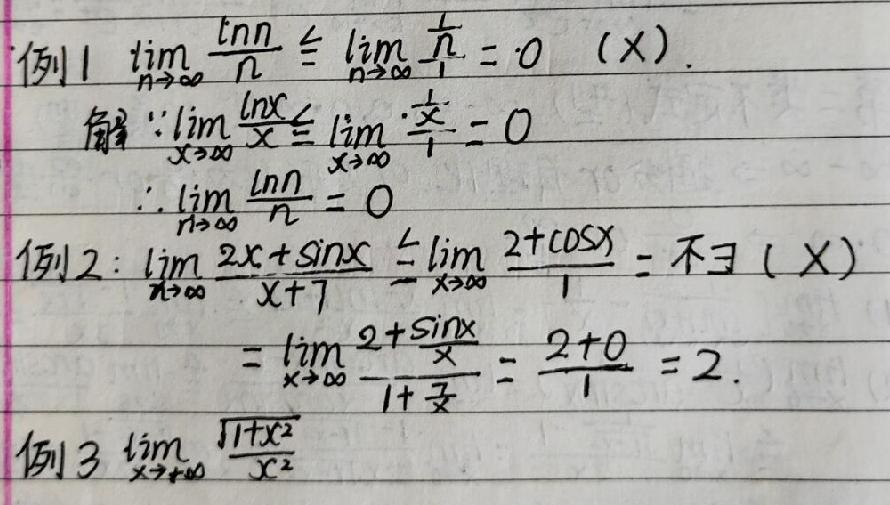
例1 \(\lim_{n \to \infty}\frac{\ln n}{n}\xlongequal{\lim_{x \to +\infty}\frac{\ln x}{x}=\lim_{x \to +\infty}\frac{1}{x}=0}(X).\)

解:“\(\lim_{x \to +\infty}\frac{\ln x}{x}\xlongequal{\lim_{x \to +\infty}\frac{1}{x}=0}\)

\(\therefore\lim_{n \to \infty}\frac{\ln n}{n}=0\)

例2 \(\lim_{x \to 0}\frac{2x+\sin x}{x+7}\xlongequal{\lim_{x \to 0}\frac{2+\cos x}{1}}=\exists(X)\)

\(=\lim_{x \to 0}\frac{2+\sin x}{1+\frac{7}{x}}=\frac{2 + 0}{1}=2.\)

例3 \(\lim_{x \to 0}\frac{\sqrt{1+x^{2}}}{x^{2}}\)